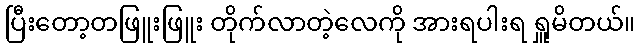
ပြီးတော့တဖြူးဖြူး တိုက်လာတဲ့လေကို အားရပါးရ ရှူမိတယ်။